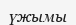
үжымы